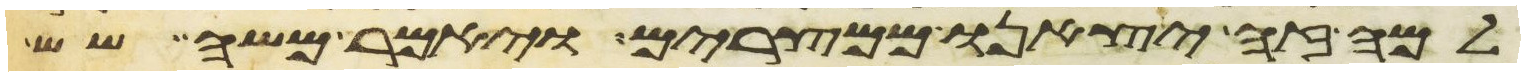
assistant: למה זה יצאנו ממצרים ויאמר משה שש